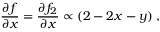
\frac { \partial f } { \partial x } = \frac { \partial f _ { 2 } } { \partial x } \propto ( 2 - 2 x - y ) \; ,